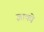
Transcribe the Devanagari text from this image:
ज्ञाको